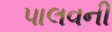
પાલવની